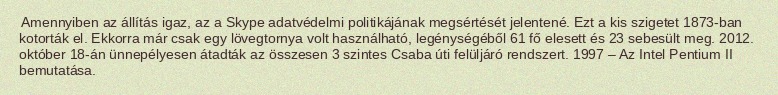
Amennyiben az állítás igaz, az a Skype adatvédelmi politikájának megsértését jelentené. Ezt a kis szigetet 1873-ban kotorták el. Ekkorra már csak egy lövegtornya volt használható, legénységéből 61 fő elesett és 23 sebesült meg. 2012. október 18-án ünnepélyesen átadták az összesen 3 szintes Csaba úti felüljáró rendszert. 1997 – Az Intel Pentium II bemutatása.